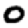
Digit: 0